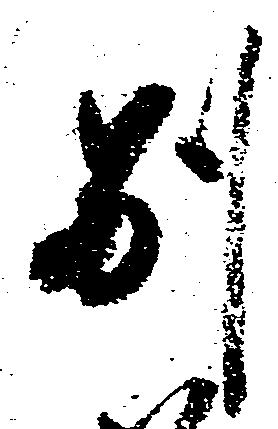
別